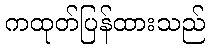
ကထုတ်ပြန်ထားသည်